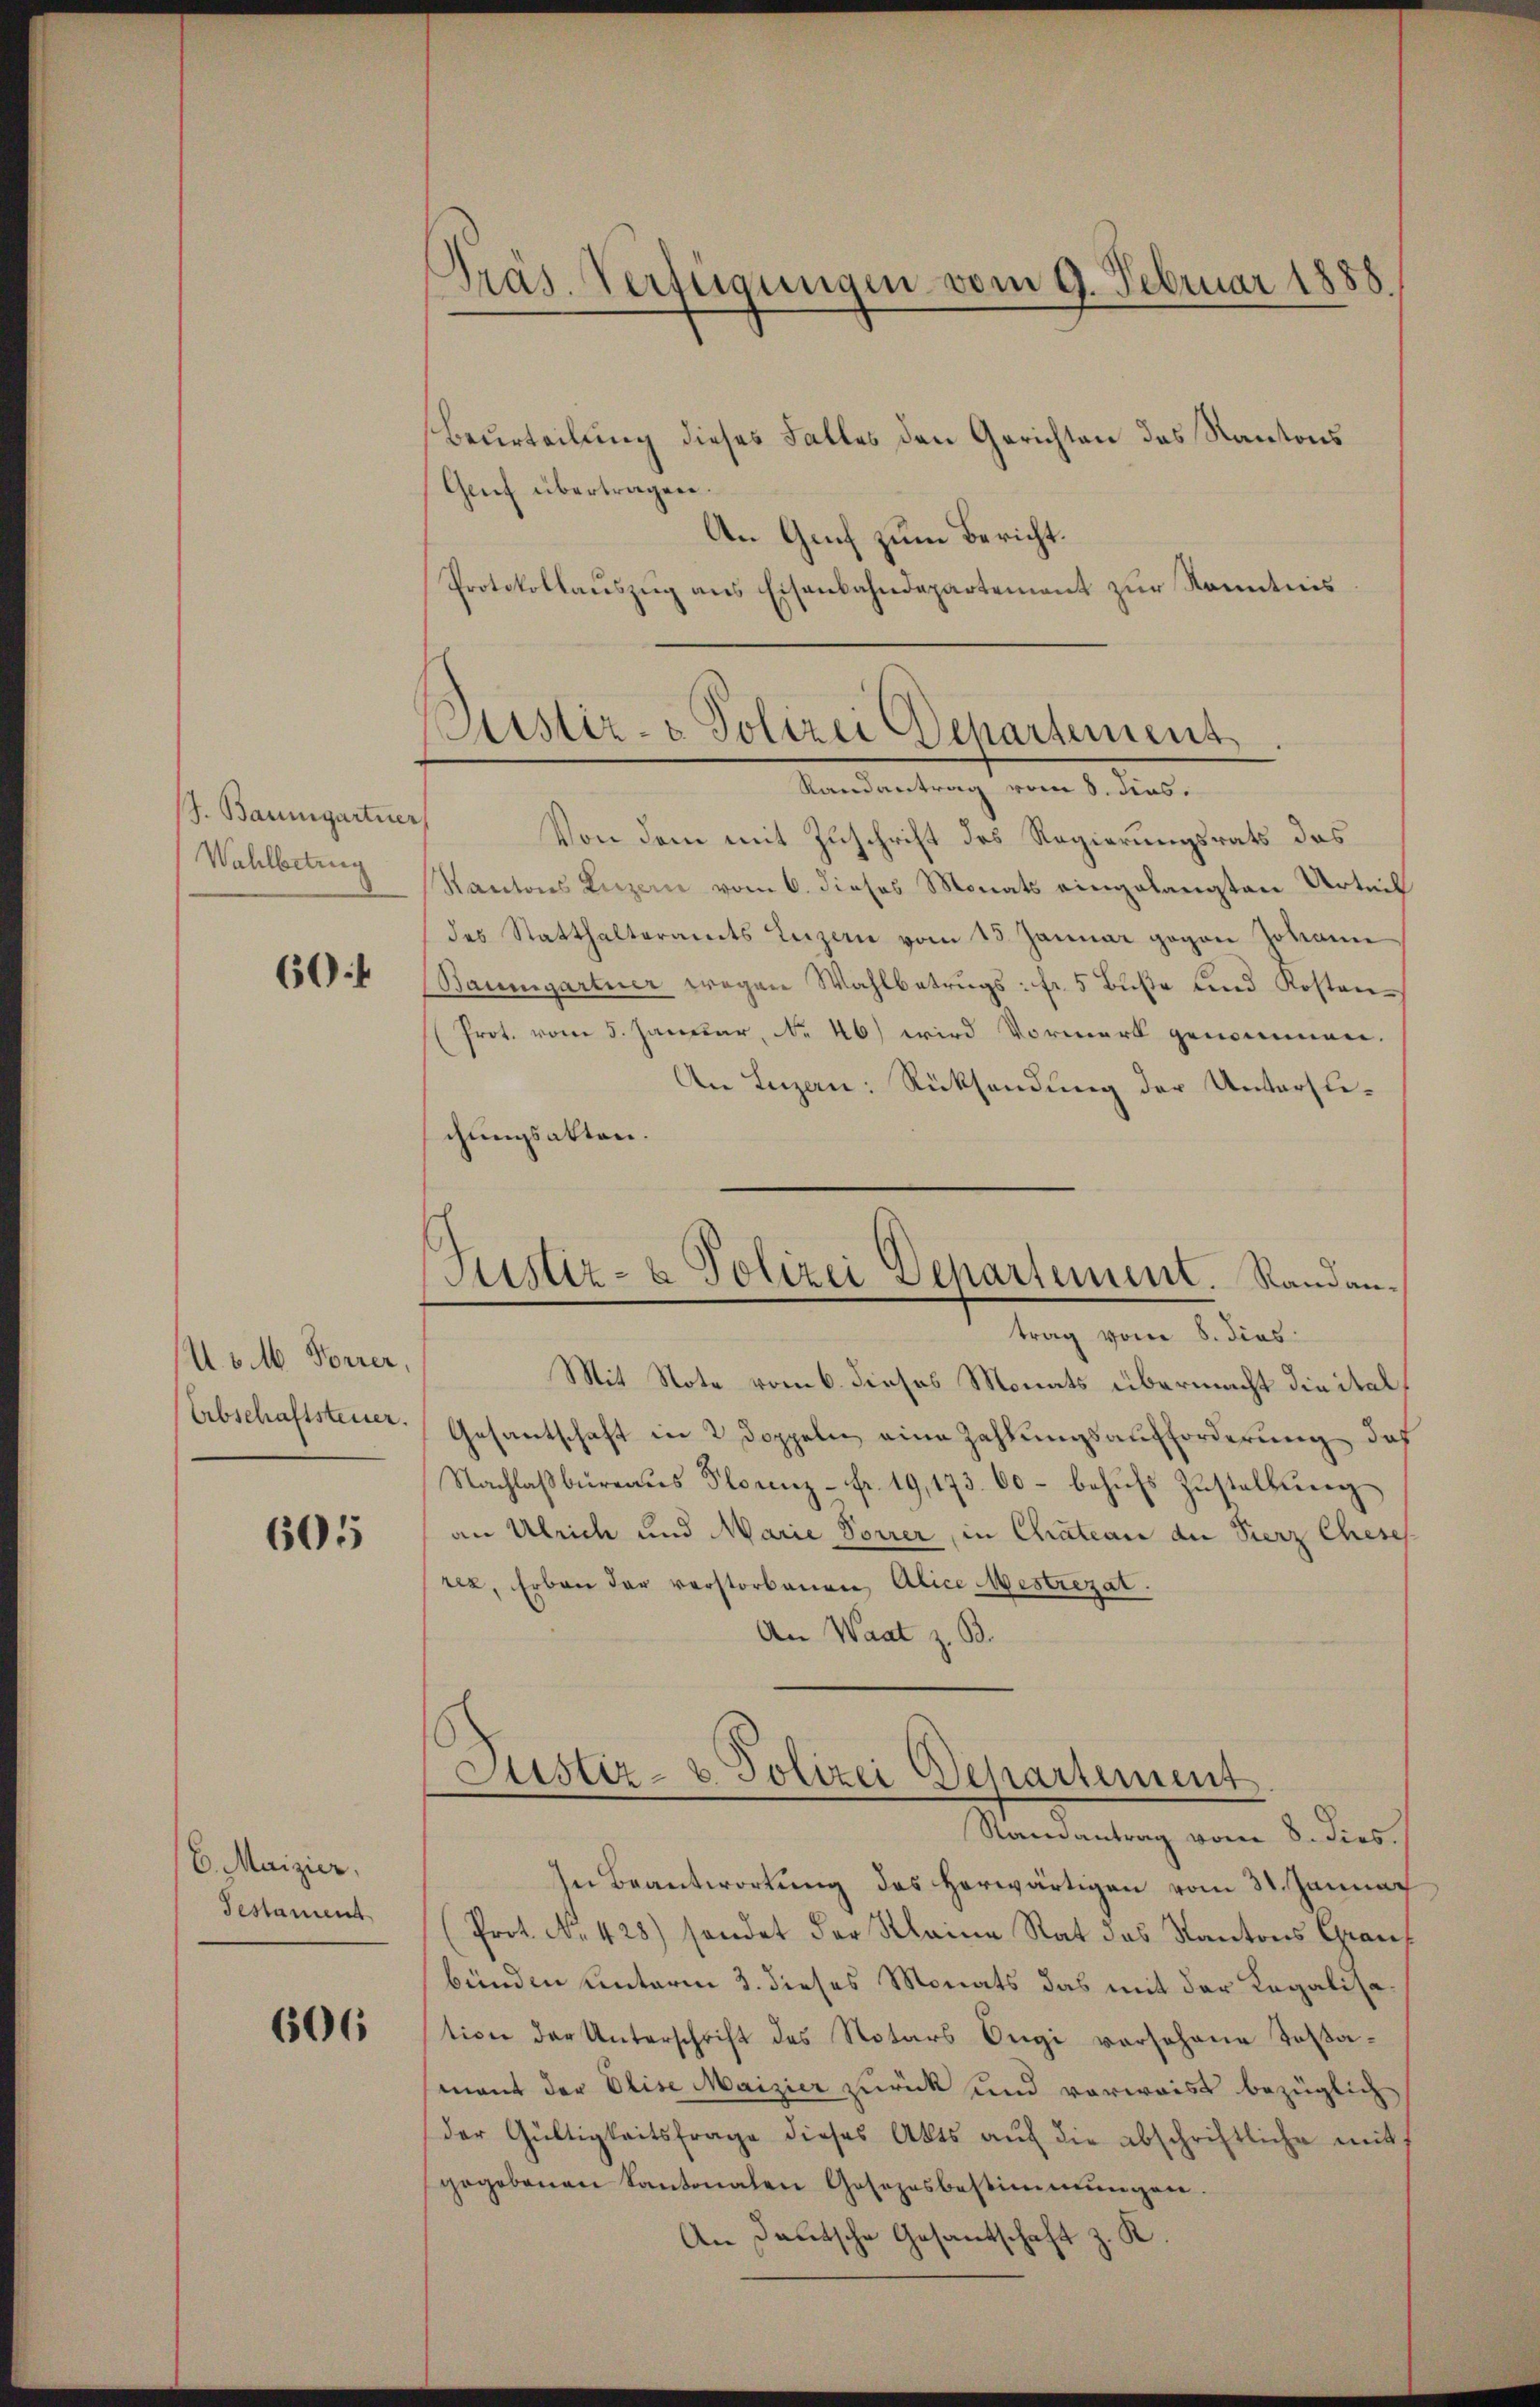
J. Baumgartner
Wahlbetrug

60f

A. v. M. Forrer,
Arbschaftsteuer.

605

6. Maizier,
Testamens

606

Beurteilung dieses Falles den Gerichten des Kantons
Gruf übertragen.
An Genf zum Bericht.
Protokollauszug aus Eisenbahndepartement zur Kenntnis

Präs. Verfügungen vom 9. Februar 1888.

(Justiz- & Polizei Departement.
Randantrag vom 8. dies.

Justiz- & Polizei Departement. Randan¬

Von dem mit Zuschrift des Regierungsrats das
Kantons Luzern vom 6. dieses Monats eingelangten Urteil
des Statthalteramts Luzern vom 15. Januar gegen Johann
(Baumgartner wegen Wahlbetrŭgs: fr. 5 Bŭβe und Kosten-
Prot. vom 5. Januar, No 46) wird Vormerk genommen
An Luzern: Rücksendung der Untersuchungsakten.
trag vom 8. dies
Mit Note vom 6. dieses Monats übermacht die ital¬
Gesantschaft in 2 Doppeln eine Zahlungsaufforderung, daß
Nachlaβbüreaŭs Florenz fr. 19,173. 60 - behŭfs Zŭstallŭng
an Ulrich und Marie Vorrer, in Chateau der Fierz Chese
rez, Erben der verstorbenen Alice Mestrezat.
An Waat z. B.
Justiz- & Polizei Departement
Samantrag vom 8. dies.
In Beantwortung des herwärtigen vom 31. Januar
(Prot. No. 428) sendet der Kleine Rat das Kantons Graf
bünden unterm 3. dieses Monats das mit der Regalisation der Unterschrift des Notars Ongi vorsohne Taxamant der Elise Maizier zurück und vorweist bezüglich
der Gültigkeitsfrage dieses Akts aŭf die abschriftliche mit
gegebenen Kantonalen Gesetzesbestimmungen.
An Deutsche Gesantschaft z. K.